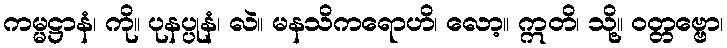
ကမ္မဋ္ဌာနံ၊ ကို။ ပုနပ္ပုနံ၊ လဲ။ မနသိကရောဟိ၊ လော့။ ဣတိ၊ သို့။ ဝတ္တဗ္ဗော၊